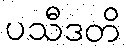
ပသီဒတိ